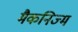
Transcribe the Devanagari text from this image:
मैकनिज्म